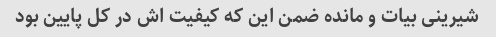
شیرینى بیات و مانده ضمن این که کیفیت اش در کل پایین بود